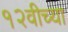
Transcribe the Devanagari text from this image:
१२वीच्या